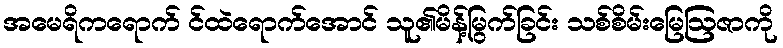
အမေရိကရောက် င်ထဲရောက်အောင် သူ၏မိန့်မြွက်ခြင်း သစ်စိမ်းမြေဩဇာကို